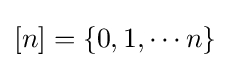
[n]=\{0,1,\cdots n\}